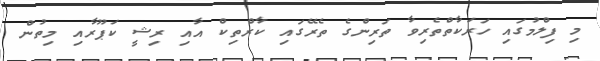
މި ފިލްމުގައި ހަރަކާތްތެރިވާ ތަރިންގެ ތެރޭގައި ކާރްތިކް އާއި ރިޝީ ކަޕޫރާއި މިތުން